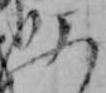
ふ